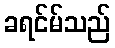
ခရင်မ်သည်